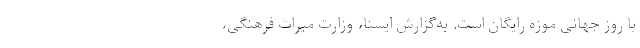
با روز جهانی موزه رایگان است. به‌گزارش ایسنا، وزارت میراث فرهنگی،